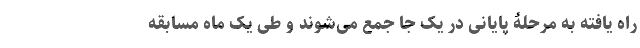
راه یافته به مرحلۀ پایانی در یک جا جمع می‌شوند و طی یک ماه مسابقه